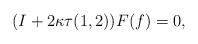
LaTeX: \begin{gather*}( I+2\kappa \tau(1,2)) F(f) =0,\end{gather*}